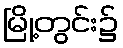
မြို့တွင်း၌